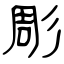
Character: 彫